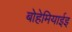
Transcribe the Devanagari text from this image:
बोहेमियाईइ